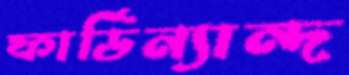
ফার্ডিন্যান্দ